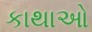
કાથાઓ